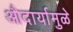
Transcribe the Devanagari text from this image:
औदार्यामुळे